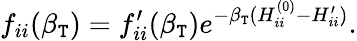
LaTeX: f_{ii}(\beta_{\mathtt{T}})=f_{ii}^{\prime}(\beta_{\mathtt{T}})e^{-\beta_{\mathtt{T}}(H_{ii}^{(0)}-H_{ii}^{\prime})}.